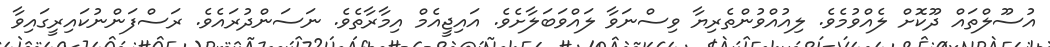
އުސޫލްތައް ދޫކޮށް ލެއްވުމެވެ. ލިއުއްވުންތެރިޔާ ވިސްނަވާ ލައްވަބަލާށެވެ. އައިޖީއެމް އިމާރާތެވެ. ނަސަންދުރައެވެ. ރަސްފަންނުކައިރީގައިވާ